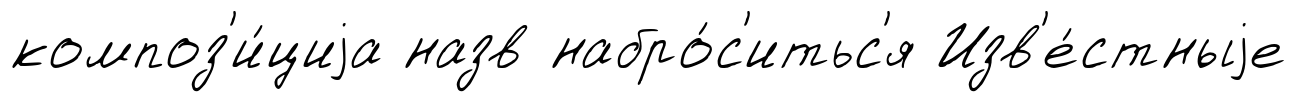
композ'и́циjа назв набро́с'итьс'я Изв'е́стныjе